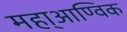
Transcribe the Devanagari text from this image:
महा्आण्विक